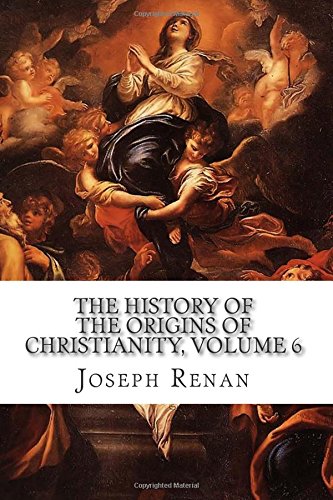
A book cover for The History of the Origins of Christianity, Volume 6: The Christian Church, Comprising the Reigns of Hadrian and Antoninus Pius (A.D. 117-161); Joseph Ernest Renan; Christian Books & Bibles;